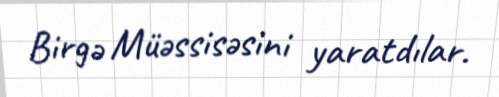
Birgə Müəssisəsini yaratdılar.